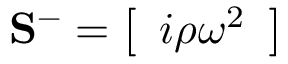
\mathbf { S } ^ { - } = \left[ \begin{array} { l } { i \rho \omega ^ { 2 } } \end{array} \right]